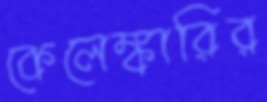
কেলেঙ্কারির